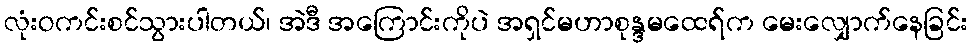
လုံးဝကင်းစင်သွားပါတယ်၊ အဲဒီ အကြောင်းကိုပဲ အရှင်မဟာစုန္ဒမထေရ်က မေးလျှောက်နေခြင်း